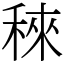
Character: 䅘